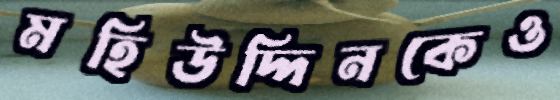
মহিউদ্দিনকেও